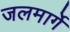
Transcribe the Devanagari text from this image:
जलमार्गे